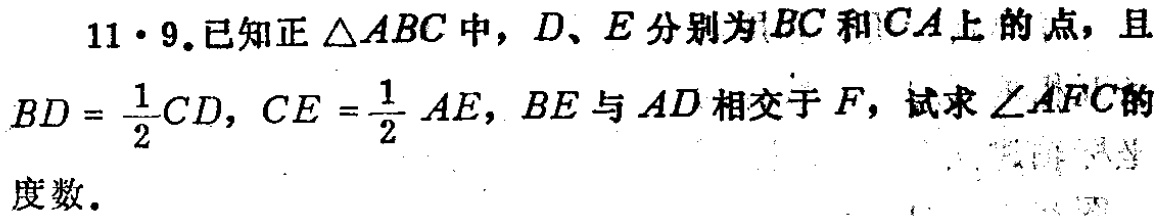
11·9.已知正\(\triangle ABC\)中，\(D\)、\(E\)分别为\(BC\)和\(CA\)上的点，且\(BD = \frac{1}{2}CD\)，\(CE = \frac{1}{2}AE\)，\(BE\)与\(AD\)相交于\(F\)，试求\(\angle AFC\)的度数。